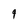
Character: 9